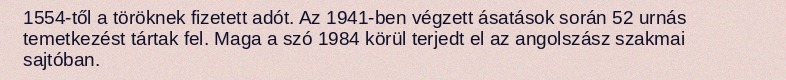
1554-től a töröknek fizetett adót. Az 1941-ben végzett ásatások során 52 urnás temetkezést tártak fel. Maga a szó 1984 körül terjedt el az angolszász szakmai sajtóban.